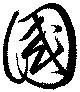
国